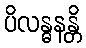
ပိလန္ဓနန္တိ